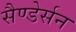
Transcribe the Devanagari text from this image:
सैण्डेर्सन